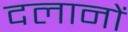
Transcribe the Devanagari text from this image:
दलानों